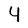
Character: Y